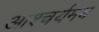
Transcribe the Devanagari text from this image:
आश्चर्यमय